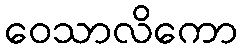
ဝေသာလိကော